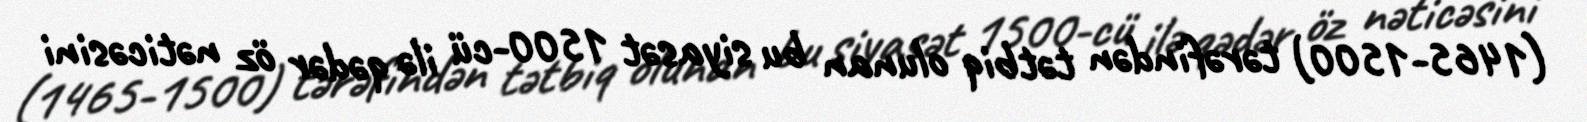
(1465-1500) tərəfindən tətbiq olunan bu siyasət 1500-cü ilə qədər öz nəticəsini